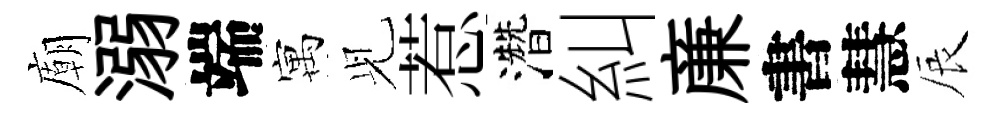
廟溺端寓𫤗惹濳糾亷書慧辰